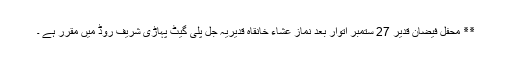
٭٭ محفل فیضان قدیر 27 ستمبر اتوار بعد نماز عشاء خانقاہ قدیریہ جل پلی گیٹ پہاڑی شریف روڈ میں مقرر ہے ۔